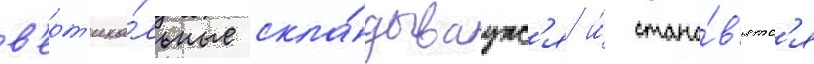
в'ерт'ика́льные скла́дываутс'я и́ стано́в'ятс'я